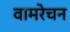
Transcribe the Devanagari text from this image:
वामरेचन